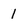
Character: 1